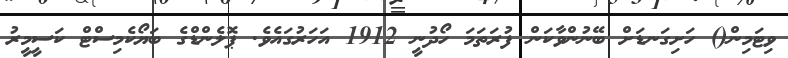
ވިޓަމިން() ހަށިގަނޑަށް ބޭނުންވާކަން ފުރަތަމަ ހޯދުނީ 1912 އަހަރުގައެވެ. ޕޮލެންޑްގެ ބަޔޯކެމިސްޓް ކަސީމީރު